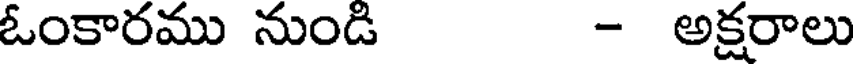
ఓంకారము నుండి - అక్షరాలు